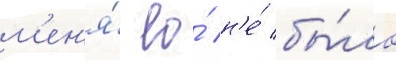
м'ен'я́ ео́ н'е́ бы́ло